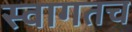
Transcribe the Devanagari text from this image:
स्‍वागतच